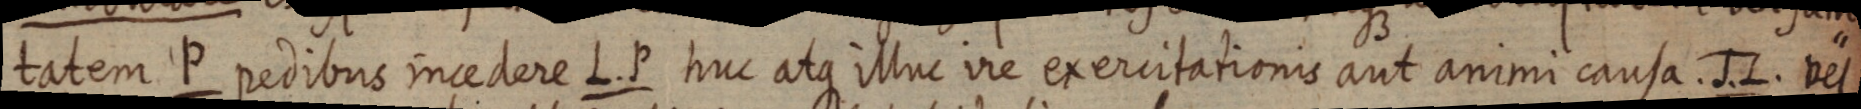
tatem P pedibus incedere L. P huc atque illuc ire exercitationis aut animi causa. J. L. vel